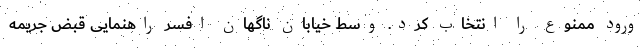
ورود ممنوع را انتخاب کرد. وسط خیابان ناگهان افسر راهنمایی‌ قبض جریمه